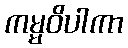
ကမ္မဝိပါကာ